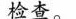
检查。